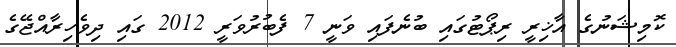
ކޮމިޝަނުގެ އާޚިރީ ރިޕޯޓުގައި ބުނެފައި ވަނީ 7 ފެބުރުވަރީ 2012 ގައި ދިވެހިރާއްޖޭގެ